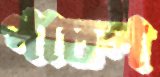
পাতল